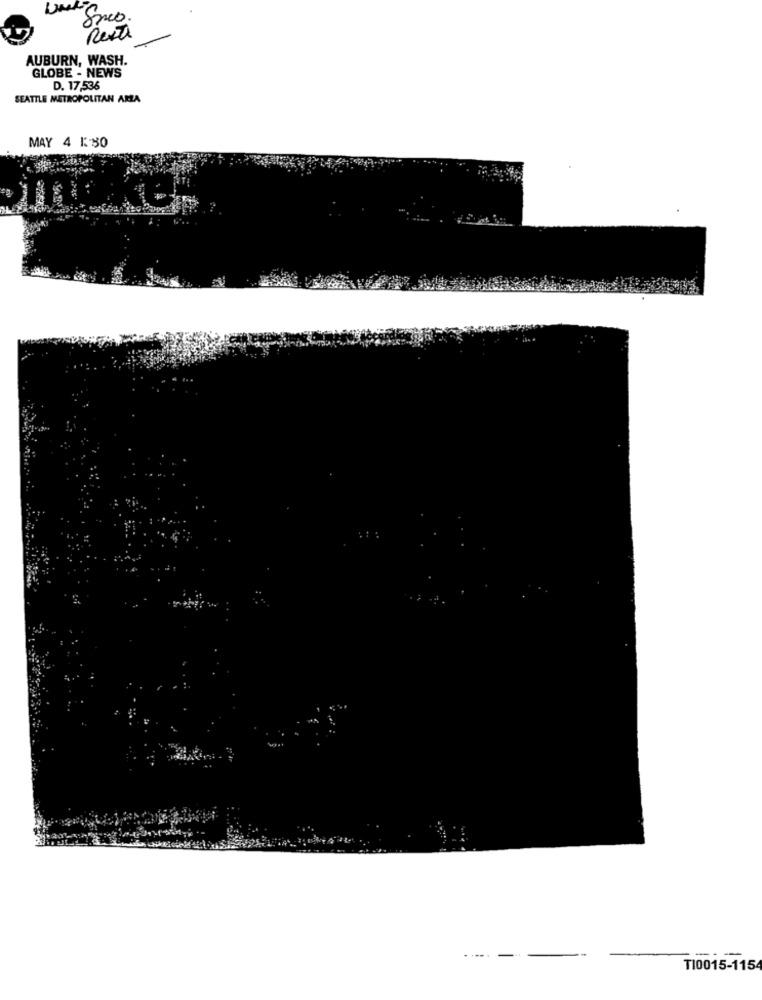
AUBURN, WASH.
GLOBE - NEWS
D. 17,536
SEATTLE METROPOLITAN AREA
MAY 4 1:30
---- --
TI0015-115